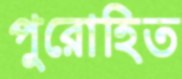
পুরোহিত